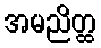
အမညိတ္ထ